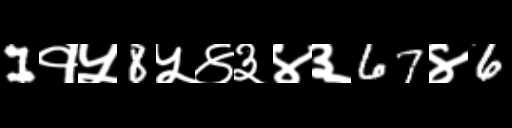
Text: 1१५8५४३४३67४6